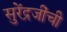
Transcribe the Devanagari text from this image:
सुरेंद्रजींची